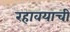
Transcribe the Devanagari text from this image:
रहावयाची